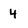
Character: 4